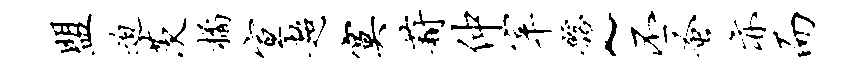
盟迫茨橘宣超寞葑仲宰髂~丕蚤亦而